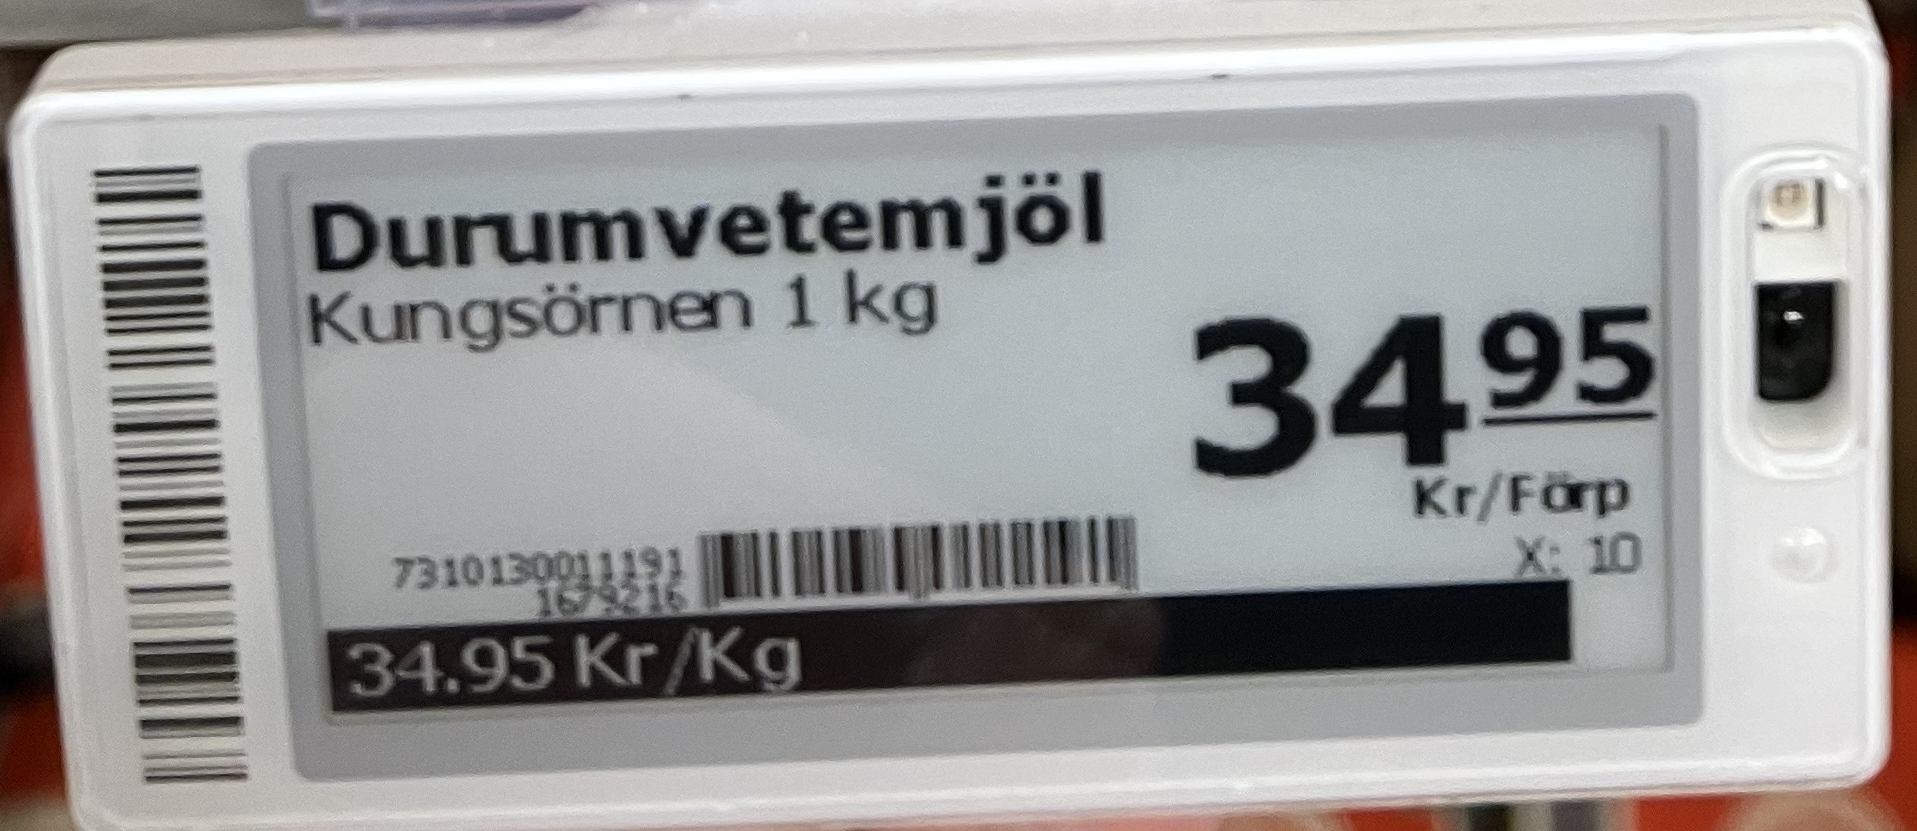
Vara: Durumvetemjöl
Genomsnittspris: 34.95 per kg